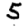
Digit: 5